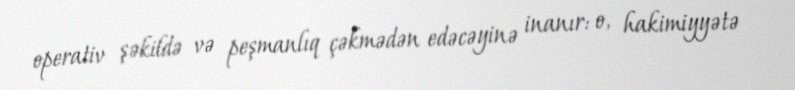
operativ şəkildə və peşmanlıq çəkmədən edəcəyinə inanır: o, hakimiyyətə